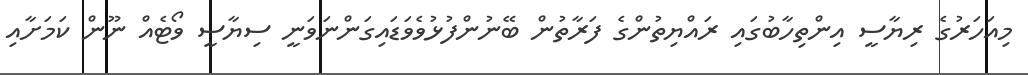
މިއަހަރުގެ ރިޔާސީ އިންތިހާބުގައި ރައްޔިތުންގެ ފަރާތުން ބޭނުންފުޅުވެވަޑައިގަންނަވަނީ ސިޔާސީ ވޯޓެއް ނޫން ކަމަށާއި